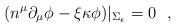
LaTeX: \begin{align*}(n^\mu\partial_\mu \phi-\xi \kappa \phi )|_{\Sigma_\epsilon}=0~~,\end{align*}